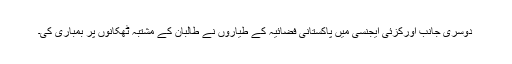
دوسری جانب اورکزئی ایجنسی میں پاکستانی فضائیہ کے طیاروں نے طالبان کے مشتبہ ٹھکانوں پر بمباری کی۔